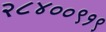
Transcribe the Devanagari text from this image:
२८४००९१९